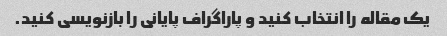
یک مقاله را انتخاب کنید و پاراگراف پایانی را بازنویسی کنید.